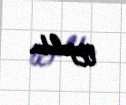
qoyuldu.